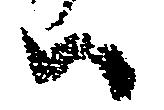
ハ